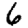
Digit: 6